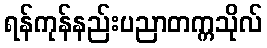
ရန်ကုန်နည်းပညာတက္ကသိုလ်